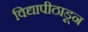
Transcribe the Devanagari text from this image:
विद्यापीठाडून